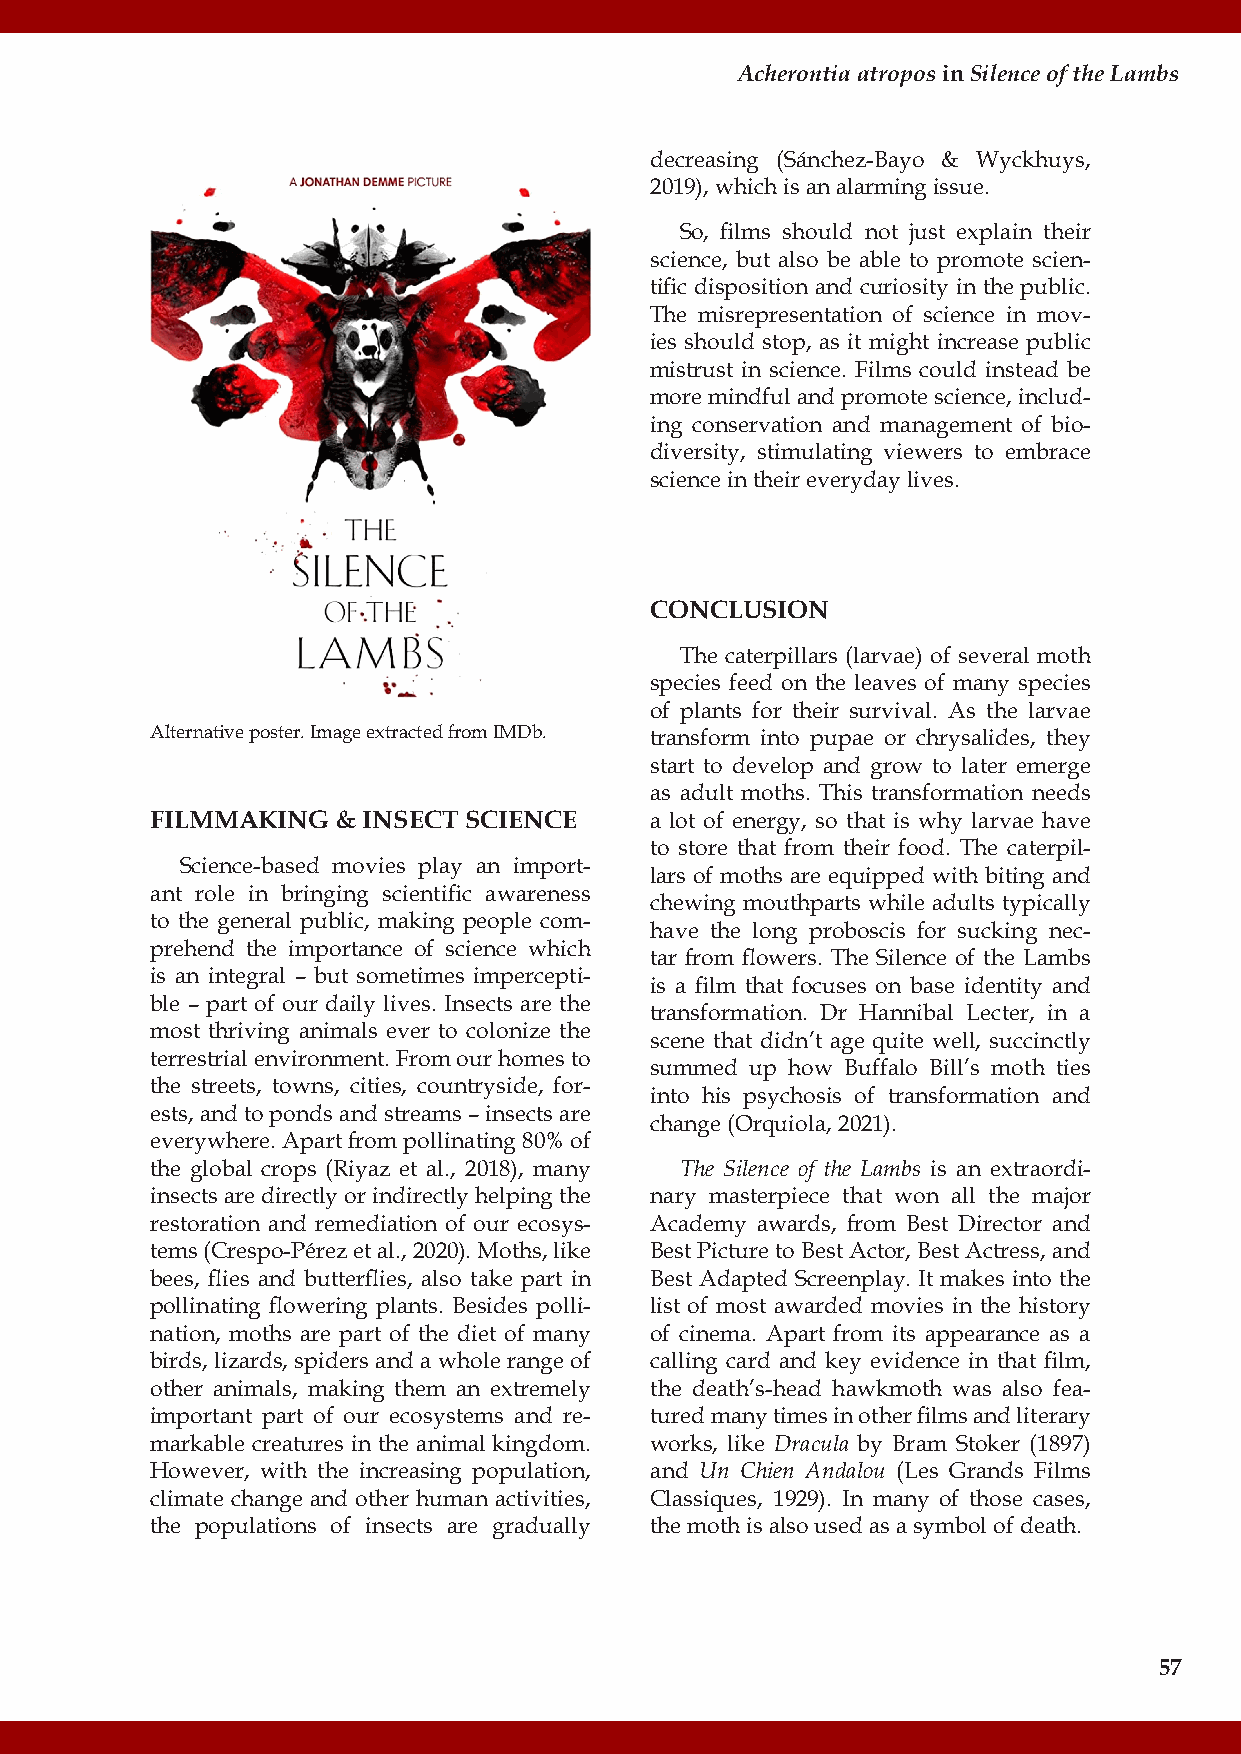
Acherontia atropos in Silence of the Lambs
 decreasing (Sánchez-Bayo & Wyckhuys,
 2019), which is an alarming issue.
 So, films should not just explain their
 science, but also be able to promote scien-
 tific disposition and curiosity in the public.
 The misrepresentation of science in mov-
 ies should stop, as it might increase public
 mistrust in science. Films could instead be
 more mindful and promote science, includ-
 ing conservation and management of bio-
 diversity, stimulating viewers to embrace
 science in their everyday lives.
 CONCLUSION
 The caterpillars (larvae) of several moth
 species feed on the leaves of many species
 of plants for their survival. As the larvae
 Alternative poster. Image extracted from IMDb. transform into pupae or chrysalides, they
 start to develop and grow to later emerge
 as adult moths. This transformation needs
 FILMMAKING  & INSECT SCIENCE     a lot of energy, so that is why larvae have
 to store that from their food. The caterpil-
 Science-based movies play an import-
 lars of moths are equipped with biting and
 ant role in bringing scientific awareness
 chewing mouthparts while adults typically
 to the general public, making people com-
 have the long proboscis for sucking nec-
 prehend the importance of science which
 tar from flowers. The Silence of the Lambs
 is an integral – but sometimes impercepti-
 is a film that focuses on base identity and
 ble – part of our daily lives. Insects are the
 transformation. Dr Hannibal Lecter, in a
 most thriving animals ever to colonize the
 scene that didn’t age quite well, succinctly
 terrestrial environment. From our homes to
 summed up how Buffalo Bill’s moth ties
 the streets, towns, cities, countryside, for-
 into his psychosis of transformation and
 ests, and to ponds and streams – insects are
 change (Orquiola, 2021).
 everywhere. Apart from pollinating 80% of
 the global crops (Riyaz et al., 2018), many The Silence of the Lambs is an extraordi-
 insects are directly or indirectly helping the nary masterpiece that won all the major
 restoration and remediation of our ecosys- Academy awards, from Best Director and
 tems (Crespo-Pérez et al., 2020). Moths, like Best Picture to Best Actor, Best Actress, and
 bees, flies and butterflies, also take part in Best Adapted Screenplay. It makes into the
 pollinating flowering plants. Besides polli- list of most awarded movies in the history
 nation, moths are part of the diet of many of cinema. Apart from its appearance as a
 birds, lizards, spiders and a whole range of calling card and key evidence in that film,
 other animals, making them an extremely the death’s-head hawkmoth was also fea-
 important part of our ecosystems and re- tured many times in other films and literary
 markable creatures in the animal kingdom. works, like Dracula by Bram Stoker (1897)
 However, with the increasing population, and Un Chien Andalou (Les Grands Films
 climate change and other human activities, Classiques, 1929). In many of those cases,
 the populations of insects are gradually the moth is also used as a symbol of death.
 57